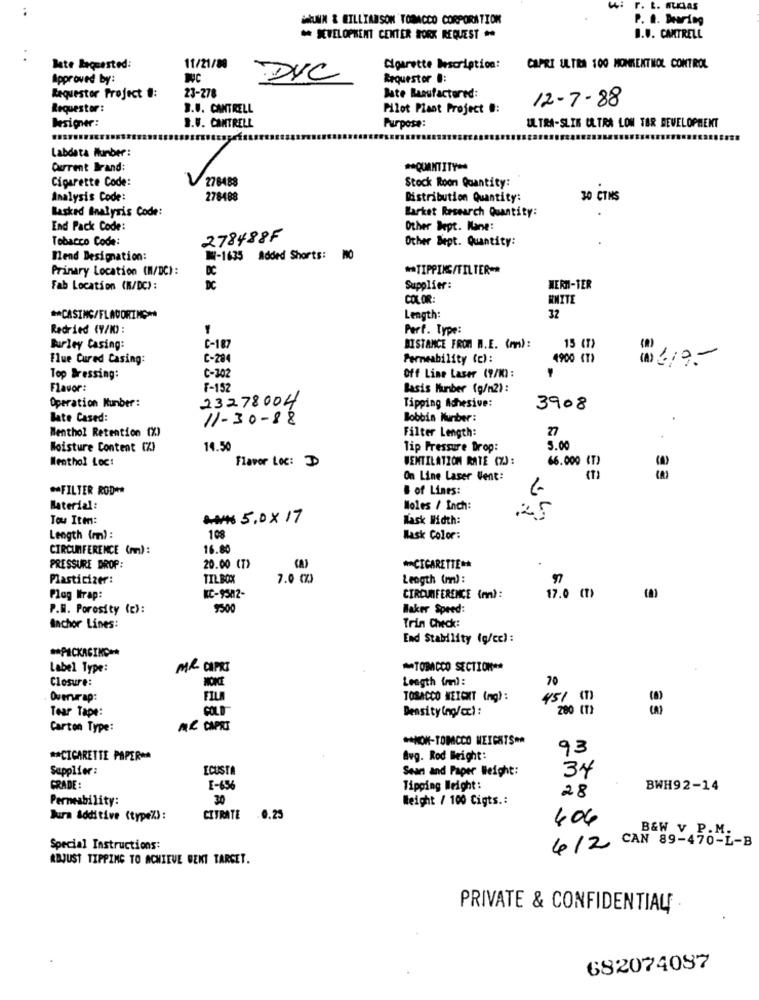
4. r. L. ALaAs
BRUNN & EILLIARSON TOBACCO CORPORATION
P. A. Bearing
DEVELOPMENT CENTER WORK REQUEST
B.V. CANTRELL
late Requested:
11/21/80
Cigarette Description:
CAPRI ULTRA 100 MONRENTNOL CONTROL
Approved by:
DVC
Requestor #:
23-278
Requestor Project #:
Bate Manufactured:
12-7-88
Requestor:
3.U. CANTRELL
Pilot Plant Project #:
Besiger:
B.F. CANTRELL
Purpose:
ULTRA-SLIK ULTRA LON TER DEVELOPMENT
Labdata Number:
Current Brand:
** QUANTITY **
Cigarette Code:
278488
Stock Roon Quantity:
Analysis Code:
278488
Distribution Quantity:
30 CTIS
lasked Inalysis Code:
Market Research Quantity:
End Pack Code:
Other Dept. Kane:
Tobacco Code:
278488F
Other Bept. Quantity:
Bend Designation:
Mi-1635 Added Shorts: MO
Primary Location (M/DC):
DC
** TIPPING/TILTER =*
Fab Location (K/DC) :
DC
Supplier:
WERNI-TER
COLOR
WHITE
** CASING/FLAVORING **
Length:
32
Redried (V/W) :
Perf. Type:
C-187
Burley Casing:
DISTANCE FROM W.E. (mm):
15 (T)
flue Cured Casing:
C-284
Permeability (c) :
4900 (T)
(2) 4/9-
Top Bressing:
C-302
Off Line Laser (9/K):
Flavor:
F-152
Basis Number (g/n2):
Operation Number :
23278004
Tipping Adhesive:
3908
Bate Cased:
11-30-88
Bobbin Number :
Filter Length:
27
Menthol Retention (X)
Moisture Content (Z)
14.50
Tip Pressure Drop:
5.00
Menthol Loc:
Flavor Loc: D
VENTILATION RATE (%) :
66.000 (T)
On Line Laser Went:
3 3
** FILTER ROD **
# of Lines:
Material:
Moles / Inch:
Tow Itm:
### 5, 0X 17
Mask Width:
25
Length (m) :
108
Kask Color:
CIRCUMFERENCE (m):
16.80
PRESSURE DROP:
20.00 (T)
** CIGARETTE **
Plasticizer:
TIL BOX
7.0 00)
Length (mm) :
97
Plog Wrap:
KC-9582-
CIRCUMFERENCE (mm):
17.0 (1)
P.M. Porosity (c):
9500
Haker Speed:
Trin Check:
Anchor Lines:
End Stability (g/ce) :
** PACKAGING =*
Label Type:
MA CAPRI
*TOBACCO SECTION **
Closure:
Length (r):
70
Overwrap:
TOBACCO WEICHT (mg):
451 (1)
Tear Tape:
Density(ng/cc) :
200 (T)
Carton Type:
MIR CAPRI
** NOK-TOMICCO WEIGHTSRA
93
** CIGARETTE PAPER **
Avg. Rod Weight:
Supplier :
ECUSTA
Sean and Paper Weight:
34
CRADE:
E-656
Tipping Weight :
28
BWH92-14
Permeability:
30
Weight / 100 Cigts .:
Jura additive (type%):
CITRATE -0.25
406
B&W V P.M.
Special Instructions:
4/2 CAN 89-470-L-B
ADJUST TIPPING TO ACHIEVE GENT TARGET.
PRIVATE & CONFIDENTIAL
682074087